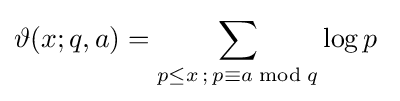
\vartheta (x;q,a)=\sum _{p\leq x\,;\,p\equiv a{\bmod {q}}}\log p\